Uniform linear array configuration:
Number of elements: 24
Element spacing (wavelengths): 0.75
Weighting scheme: binomial
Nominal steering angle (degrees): -60
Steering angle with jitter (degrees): -58.622
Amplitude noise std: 0.05
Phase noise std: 0.05

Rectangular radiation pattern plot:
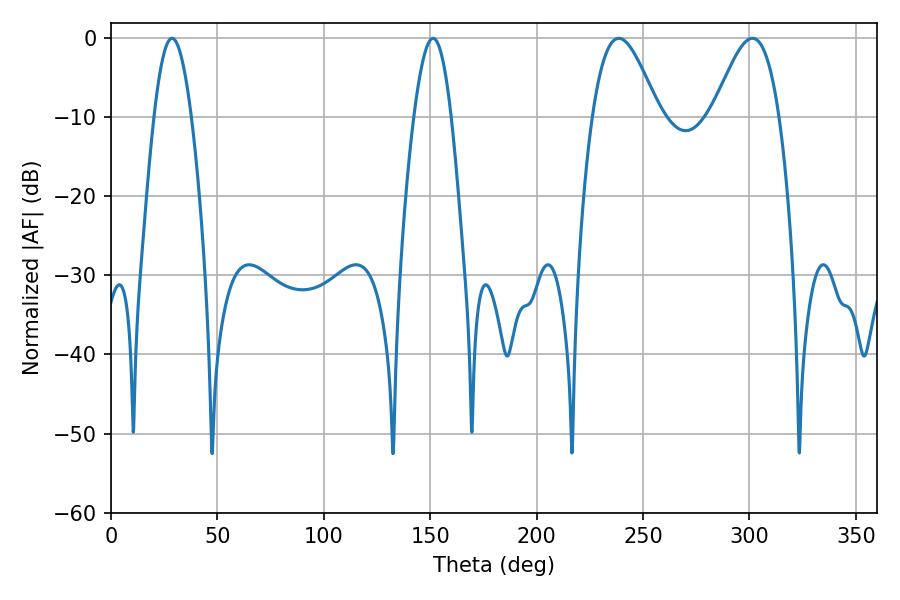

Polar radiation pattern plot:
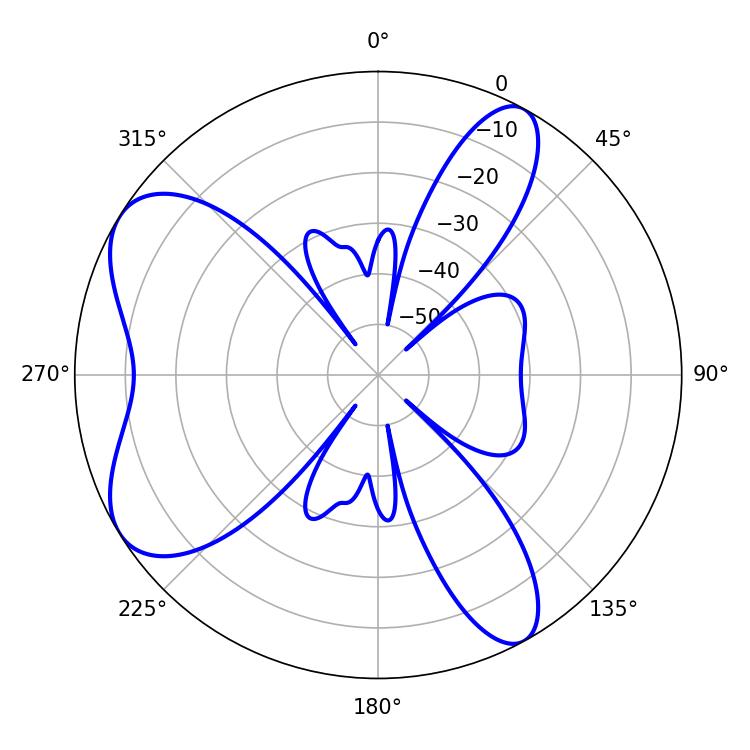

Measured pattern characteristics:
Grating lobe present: TRUE
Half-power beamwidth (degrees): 16.74
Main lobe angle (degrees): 301.32